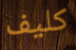
كليف